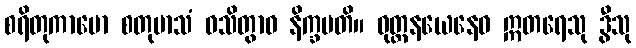
စရိတုကာမော စတုမာသံ ဝသိတွာဝ နိက္ခမတိ။ ဝုတ္တနယေနေဝ ဣတရေသု ဒွီသု